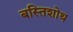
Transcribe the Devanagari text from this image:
बस्तिशोथ